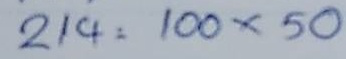
214 = 100 x 50